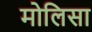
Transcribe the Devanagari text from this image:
मोलिसा